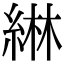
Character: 綝